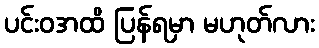
ပင်းဝအထိ ပြန်ရမှာ မဟုတ်လား